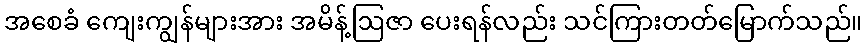
အစေခံ ကျေးကျွန်များအား အမိန့်ဩဇာ ပေးရန်လည်း သင်ကြားတတ်မြောက်သည်။